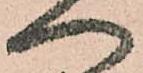
へ